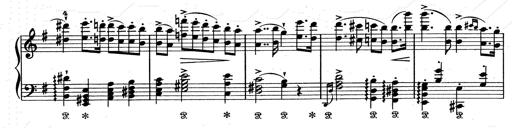
Title: Aus Lohengrin
Composer: Franz Liszt